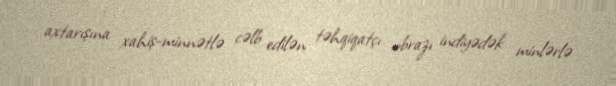
axtarışına xahiş-minnətlə cəlb edilən təhqiqatçı obrazı indiyədək minlərlə